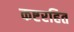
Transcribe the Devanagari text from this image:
कष्टरहित